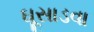
ઘૂસાડવા